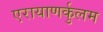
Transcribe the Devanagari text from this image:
एरायाणर्कुलम